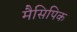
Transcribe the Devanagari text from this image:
मैसिपिक